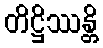
တိဋ္ဌိဿန္တိ